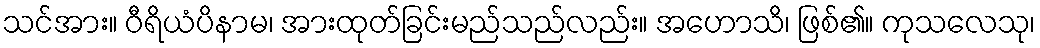
သင်အား။ ဝီရိယံပိနာမ၊ အားထုတ်ခြင်းမည်သည်လည်း။ အဟောသိ၊ ဖြစ်၏။ ကုသလေသု၊